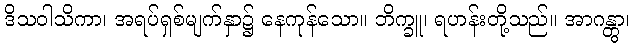
ဒိသဝါသိကာ၊ အရပ်ရှစ်မျက်နှာ၌ နေကုန်သော။ ဘိက္ခူ၊ ရဟန်းတို့သည်။ အာဂန္တွာ၊